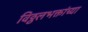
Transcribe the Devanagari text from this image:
विठ्ठलभक्तांच्या